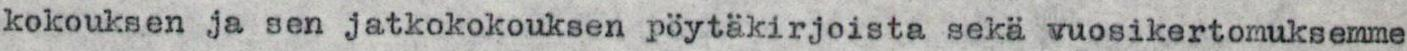
kokouksen ja sen jatkokokouksen pöytäkirjoista sekä vuosikertomuksemme